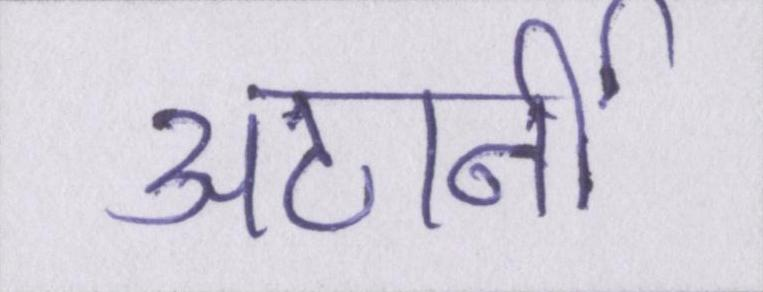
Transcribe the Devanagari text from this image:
अटार्नी